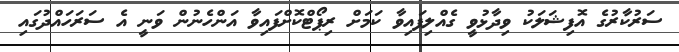
ސަރުކާރުގެ އޮފިޝަލަކު ވިދާޅުވީ ގެއްލިފައިވާ ކަމަށް ރިޕޯޓްކޮށްފައިވާ އަންހެނުން ވަނީ އެ ސަރަހައްދުގައި